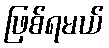
ဖြစ်ရမယ်